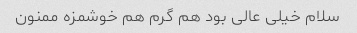
سلام خیلی عالی بود هم گرم هم خوشمزه ممنون